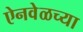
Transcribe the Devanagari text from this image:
ऐनवेळच्या